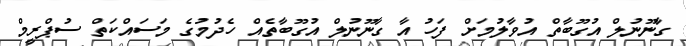
ގާނޫނުލް އުގޫބާތް އުވާލުމަށް ފަހު އާ ގާނޫނުލް އުގޫބާތެއް ހެދުމުގެ މަސައްކަތް ސުޕްރީމް